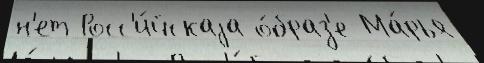
н'ет Росс'и́йскаjа о́браз'е Ма́рья